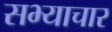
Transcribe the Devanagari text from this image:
सभ्याचार